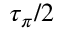
\tau _ { \pi } / 2